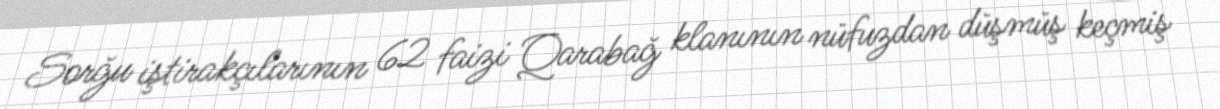
Sorğu iştirakçılarının 62 faizi Qarabağ klanının nüfuzdan düşmüş keçmiş